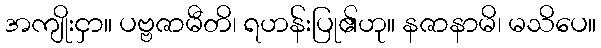
အကျိုးငှာ။ ပဗ္ဗဇာမီတိ၊ ရဟန်းပြု၏ဟု။ နဇာနာမိ၊ မသိပေ။